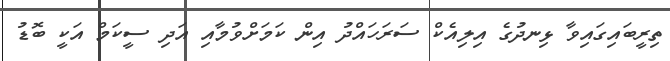
ތިރީބައިގައިވާ ޅިނދުގެ އިލިއެކް ސަރަހައްދު އިން ކަމަށްވުމާއި އަދި ސީކަމް އަކީ ބޮޑު